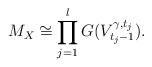
LaTeX: \begin{align*}M_{X}\cong \prod_{j=1}^{l} G(V^{\gamma,t_{j}}_{t_{j}-1}).\end{align*}